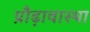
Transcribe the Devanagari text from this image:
प्रौढ़ावास्था